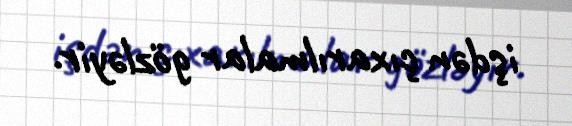
işdən çıxarılmalar gözləyir.